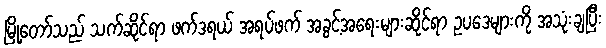
မြို့တော်သည် သက်ဆိုင်ရာ ဖက်ဒရယ် အရပ်ဖက် အခွင့်အရေးများဆိုင်ရာ ဥပဒေများကို အသုံးချပြီး